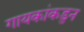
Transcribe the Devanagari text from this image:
गायकांकडुन